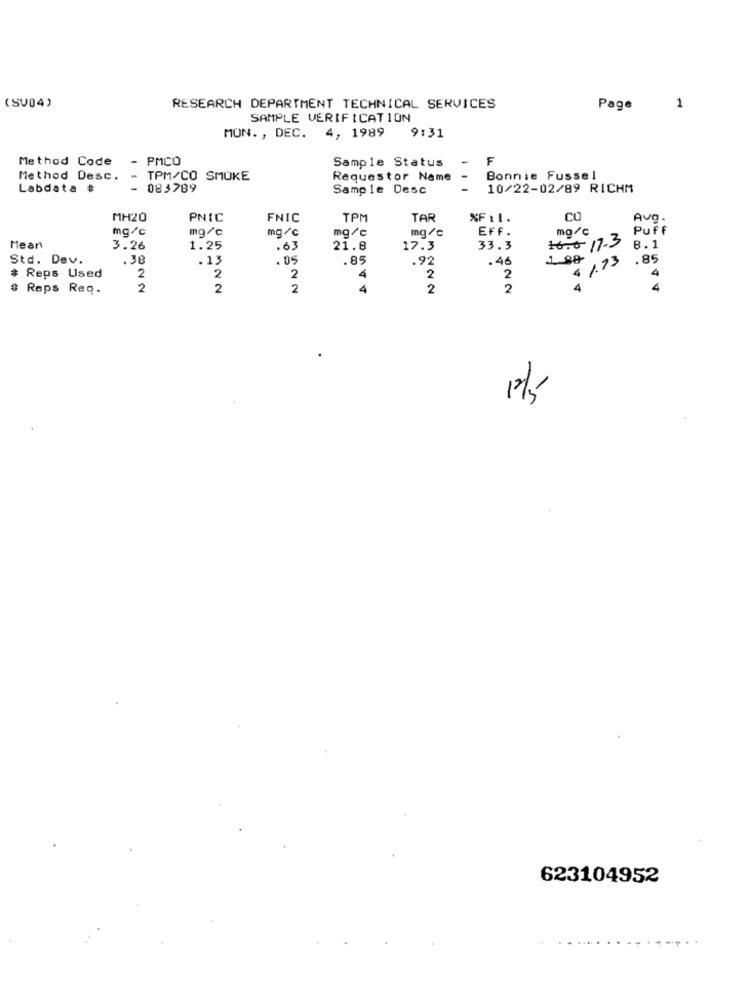
(SV04)
RESEARCH DEPARTMENT TECHNICAL SERVICES
Page
1
SAMPLE VERIFICATION
4, 1989
MON. , DEC.
9:31
Method Code
PMCO
Sample Status
F
Method Desc.
-
TPM/CO SMUKE
Requestor Name
Bonnie Fussel
Labdata #
- 083789
Sample Desc
10/22-02/89 RICHM
MH20
PNIC
FNIC
TPM
TAR
%Fil.
CO
Avo.
mg/c
mg/c
mg/c
mg/c
EFf.
mg/c
Puff
mg/c
16.0 17.3
Mean
3.26
1.25
.63
21.8
17.3
33.3
8.1
Std. Dev.
.38
.13
.85
.92
.46
1.73
.85
2
4
# Reps Used
2
2
4
2
2
# Reps Req.
2
2
2
4
2
2
4
623104952